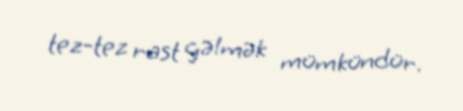
tez-tez rast gəlmək mümkündür.